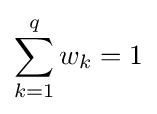
\sum _{k=1}^{q}w_{k}=1